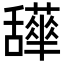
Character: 𦧹